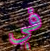
في